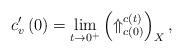
LaTeX: \begin{align*}c_{v}^{\prime }\left( 0\right) =\lim_{t\rightarrow 0^{+}}\left( \Uparrow_{c\left( 0\right) }^{c\left( t\right) }\right) _{X},\end{align*}